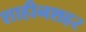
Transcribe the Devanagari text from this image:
शाहीनशहर